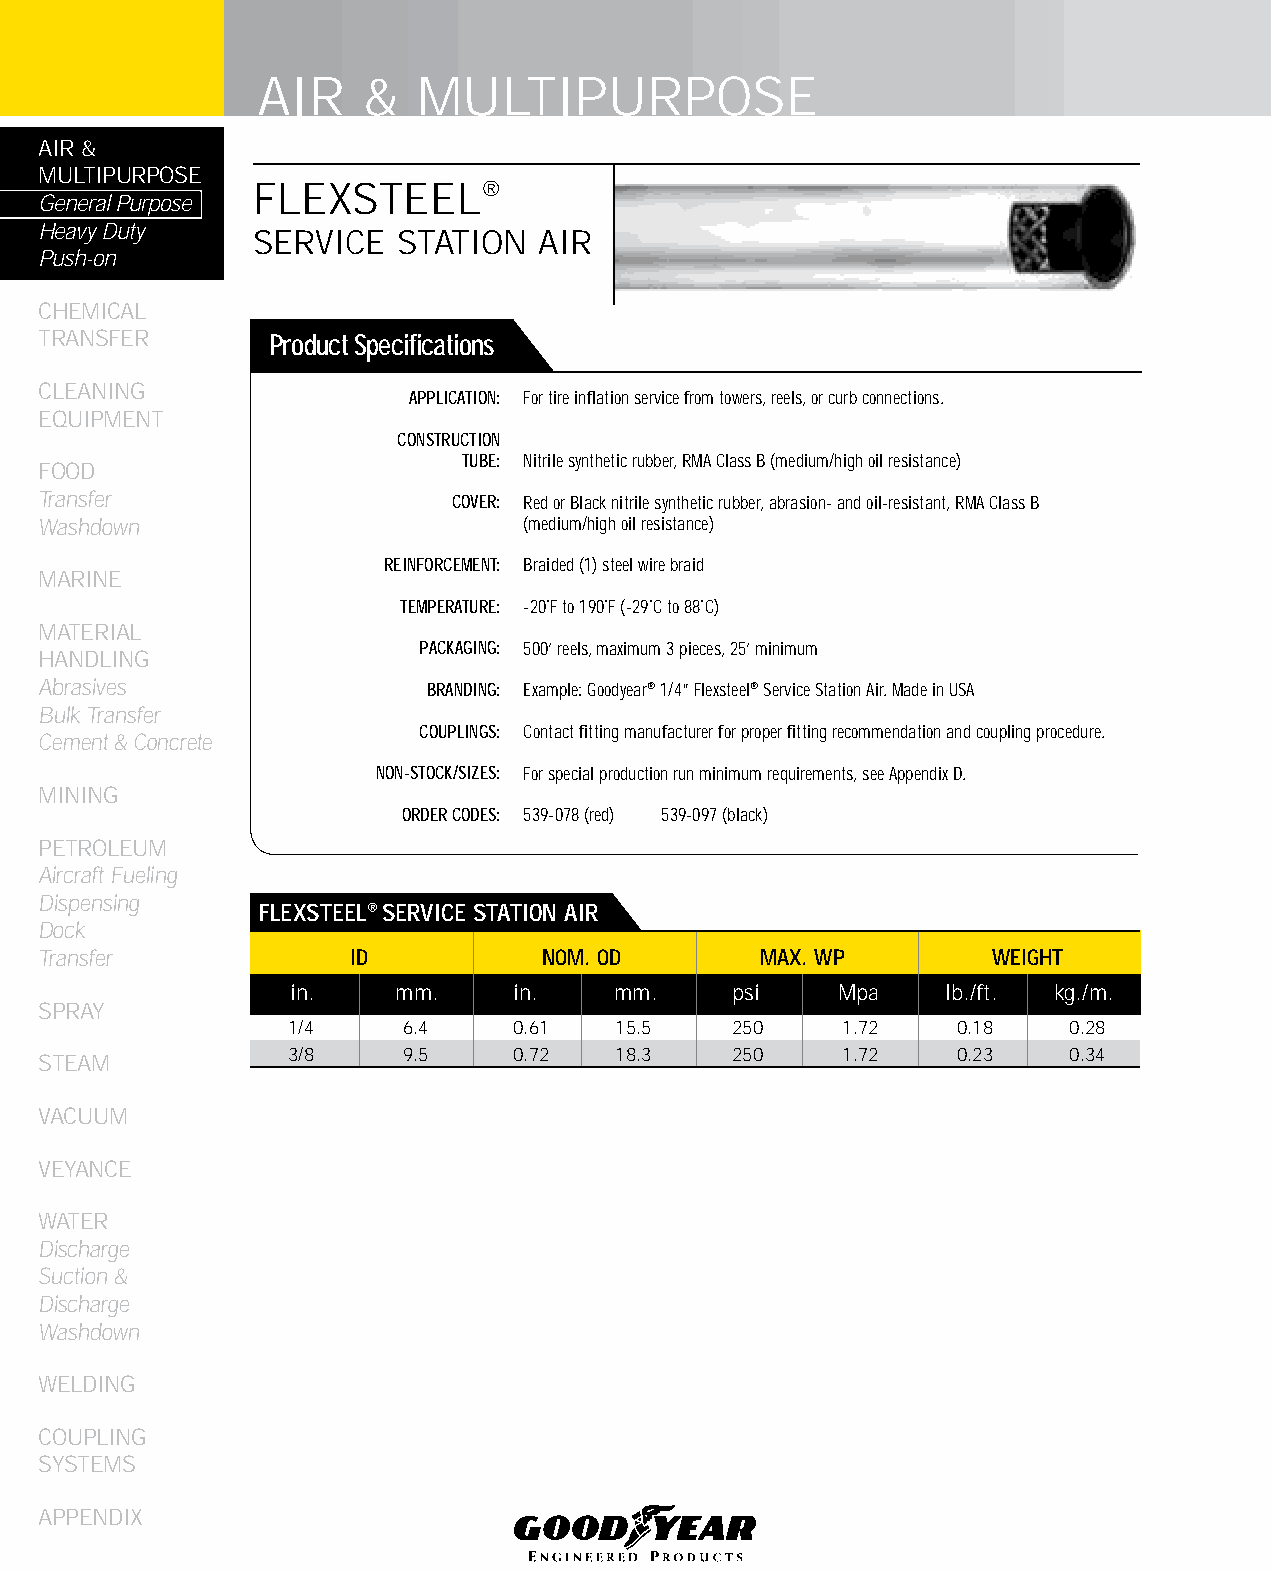
AIR    &   MULTIPURPOSE
 AIR &
 MULTIPURPOSE
 FLEXSTEEL®
 General Purpose
 Heavy Duty
 SERVICE  STATION   AIR
 Push-on
 CHEMICAL
 TRANSFER       Product Specifications
 CLEANING
 APPLICATION: For tire inflation service from towers, reels, or curb connections.
 EqUIPMENT
 CONSTRUCTION
 TUBE: Nitrile synthetic rubber, RMA Class B (medium/high oil resistance)
 FOOD
 Transfer                   COVER: Red or Black nitrile synthetic rubber, abrasion- and oil-resistant, RMA Class B
 Washdown                        (medium/high oil resistance)
 REINFORCEMENT: Braided (1) steel wire braid
 MARINE
 TEMPERATURE: -20˚F to 190˚F (-29˚C to 88˚C)
 MATERIAL
 PACKAGING: 500’ reels, maximum 3 pieces, 25’ minimum
 HANDLING
 Abrasives                BRANDING: Example: Goodyear® 1/4” Flexsteel® Service Station Air. Made in USA
 Bulk Transfer
 COUPLINGS: Contact fitting manufacturer for proper fitting recommendation and coupling procedure.
 Cement & Concrete
 NON-STOCK/SIZES: For special production run minimum requirements, see Appendix D.
 MINING
 ORDER CODES: 539-078 (red) 539-097 (black)
 PETROLEUM
 Aircraft Fueling
 Dispensing
 fLEXSTEEL® SERVICE STATION AIR
 Dock
 Transfer            ID           NOM. OD       MAX. WP         WEIGHT
 in.    mm.     in.    mm.     psi    Mpa    lb./ft. kg./m.
 SPRAY
 1/4     6.4    0.61   15.5    250    1.72   0.18    0.28
 3/8     9.5    0.72   18.3    250    1.72   0.23    0.34
 STEAM
 VACUUM
 VEYANCE
 WATER
 Discharge
 Suction &
 Discharge
 Washdown
 WELDING
 COUPLING
 SYSTEMS
 APPENDIX
 20